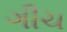
ગીચ